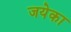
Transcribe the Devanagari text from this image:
जयेका